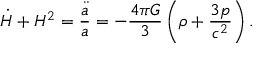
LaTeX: { \dot { H } } + H ^ { 2 } = { \frac { \ddot { a } } { a } } = - { \frac { 4 \pi G } { 3 } } \left( \rho + { \frac { 3 p } { c ^ { 2 } } } \right) .